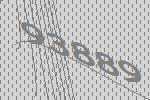
93889